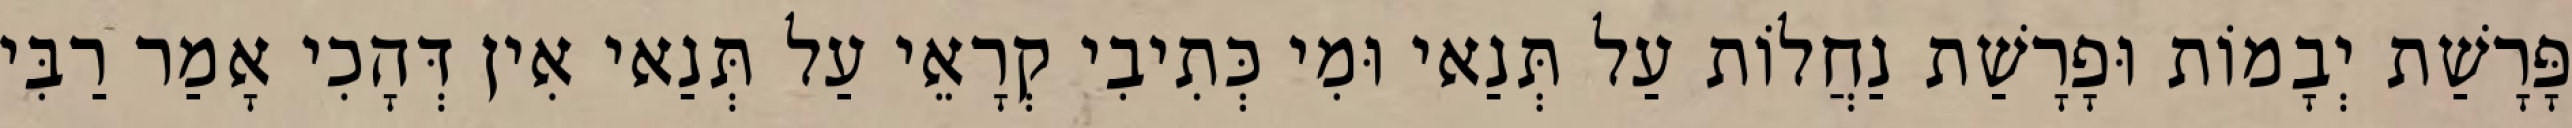
פָּרָשַׁת יְבָמוֹת וּפָרָשַׁת נַחֲלוֹת עַל תְּנַאי וּמִי כְּתִיבִי קְרָאֵי עַל תְּנַאי אִין דְּהָכִי אָמַר רַבִּי